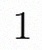
1